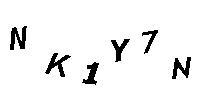
NK1Y7N